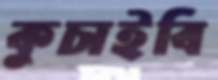
কুচাইবি